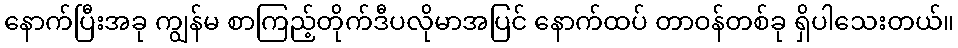
နောက်ပြီးအခု ကျွန်မ စာကြည့်တိုက်ဒီပလိုမာအပြင် နောက်ထပ် တာဝန်တစ်ခု ရှိပါသေးတယ်။